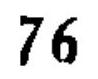
\(76\)